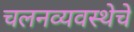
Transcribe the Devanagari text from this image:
चलनव्यवस्थेचे